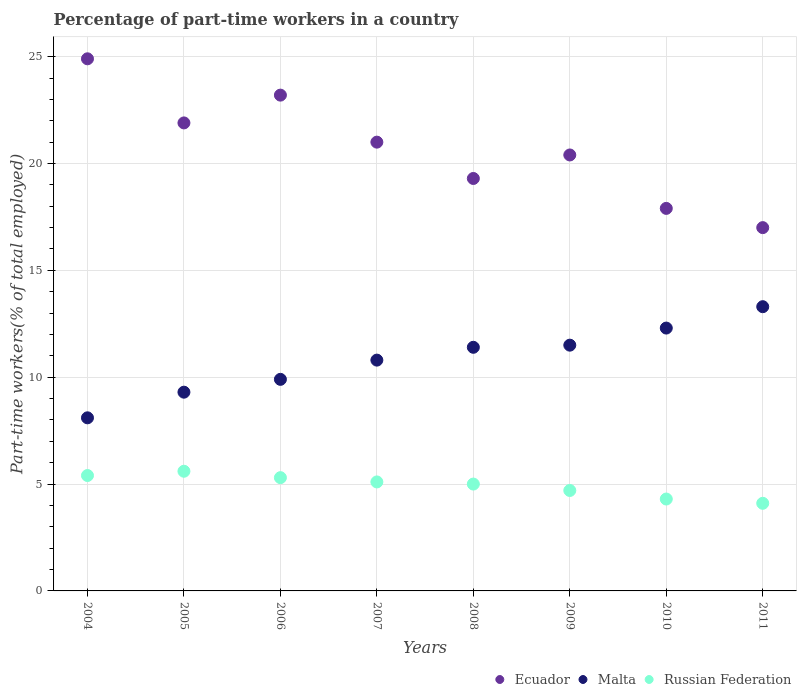
| Years | Ecuador | Malta | Russian Federation |
 | --- | --- | --- | --- |
 | 2004 | 24.9 | 8.1 | 5.4 |
 | 2005 | 21.9 | 9.3 | 5.6 |
 | 2006 | 23.2 | 9.9 | 5.3 |
 | 2007 | 21 | 10.8 | 5.1 |
 | 2008 | 19.3 | 11.4 | 5 |
 | 2009 | 20.4 | 11.5 | 4.7 |
 | 2010 | 17.9 | 12.3 | 4.3 |
 | 2011 | 17 | 13.3 | 4.1 |